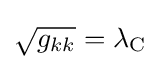
{\sqrt {g_{kk}}}=\lambda _{\mathrm {C} }